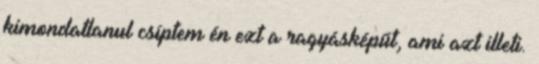
kimondatlanul csíptem én ezt a ragyásképűt, ami azt illeti.